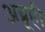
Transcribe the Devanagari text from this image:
अब्रूही